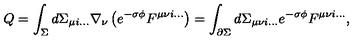
Q = \int _ { \Sigma } d \Sigma _ { \mu i \dots } \nabla _ { \nu } \left( e ^ { - \sigma \phi } F ^ { \mu \nu i \dots } \right) = \int _ { \partial \Sigma } d \Sigma _ { \mu \nu i \dots } e ^ { - \sigma \phi } F ^ { \mu \nu i \dots } ,